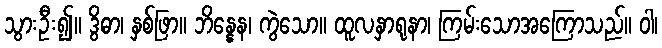
သွားဦး၍။ ဒွိဓာ၊ နှစ်ဖြာ။ ဘိန္နေန၊ ကွဲသော။ ထူလနှာရုနာ၊ ကြမ်းသောအကြောသည်။ ဝါ၊